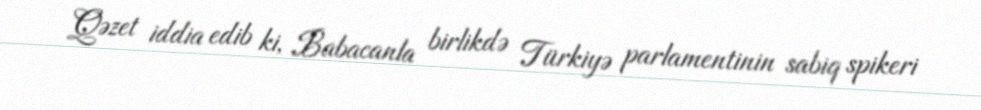
Qəzet iddia edib ki, Babacanla birlikdə Türkiyə parlamentinin sabiq spikeri